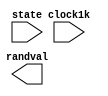
module randvalue(clock1k, state ,randval);
	input clock1k;
	output reg [9:0]randval;
	input [1:0]state;
	
//	always @ (state, posedge clock1k)
//		begin
//			case (state)
//				1: randval; //randval is held at state 1 (the wait state)
//				default :
//						randval = randval + 1;
//			endcase
//		end
endmodule